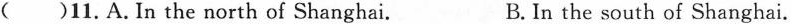
()11.A.In the north of Shanghai. B.In the south of Shanghai.